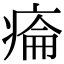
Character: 𤷔